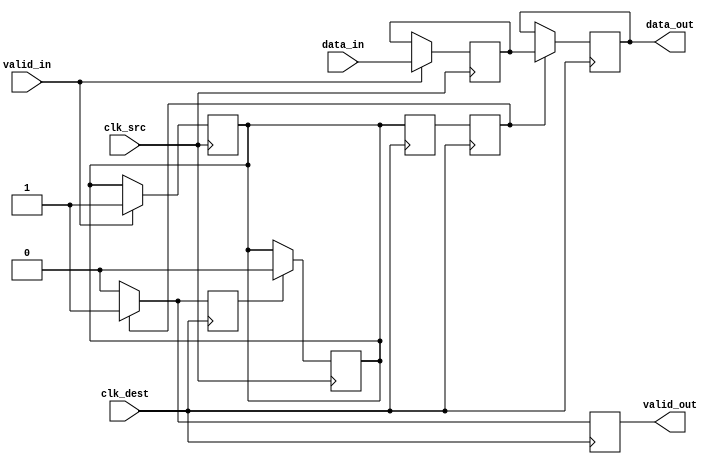
module handshake_synchronizer (
    input wire clk_src,          // Source clock
    input wire clk_dest,         // Destination clock
    input wire [N-1:0] data_in,  // Data input from source domain
    input wire valid_in,         // Valid signal from source domain
    output reg [N-1:0] data_out, // Synchronized data output to destination domain
    output reg valid_out         // Valid signal for destination domain
);
    parameter N = 8;            // Data width parameter
    reg [N-1:0] sync_data;      // Register to hold the synchronized data
    reg sync_valid;             // Register to hold the valid signal during synchronization
    reg ack;                    // Acknowledgment signal from destination domain

    // Source Domain: Latches the data and valid signal
    always @(posedge clk_src) begin
        if (valid_in) begin
            sync_data <= data_in;      // Latch data
            sync_valid <= 1'b1;        // Assert valid
        end
    end

    // Destination Domain: Synchronizing valid signal using double-flop
    reg sync_valid_1, sync_valid_2;

    always @(posedge clk_dest) begin
        sync_valid_1 <= sync_valid;    // First flip-flop
        sync_valid_2 <= sync_valid_1;  // Second flip-flop

        if (sync_valid_2) begin
            data_out <= sync_data;      // Transfer data
            valid_out <= 1'b1;          // Assert valid output
            ack <= 1'b1;                 // Assert acknowledgment
        end else begin
            valid_out <= 1'b0;           // Deassert valid output
            ack <= 1'b0;                 // Deassert acknowledgment
        end
    end

    // Acknowledge signal handling - back to source domain
    always @(posedge clk_src) begin
        if (ack) begin
            sync_valid <= 1'b0;          // Deassert valid signal on acknowledgment
        end
    end

endmodule